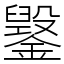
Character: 䥣